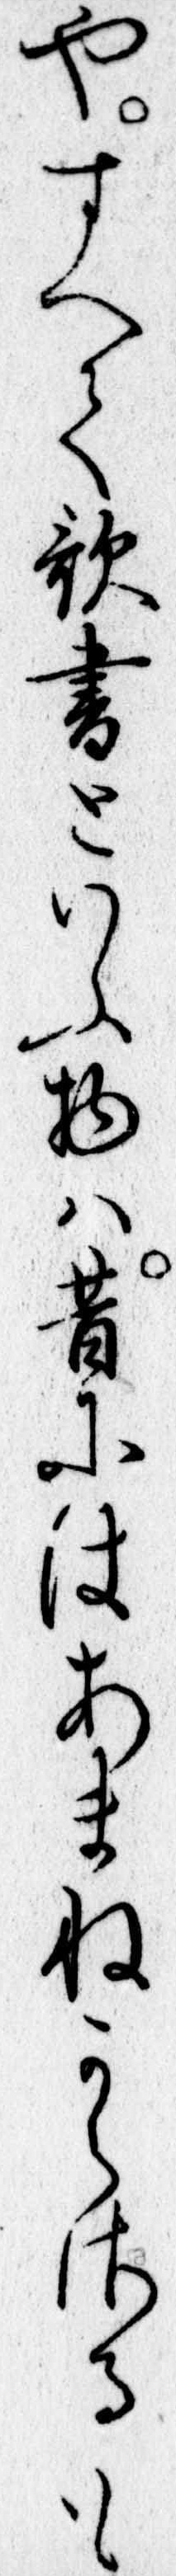
やすへて歌書といふ物は昔にはあまねからさるも